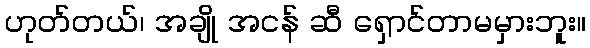
ဟုတ်တယ်၊ အချို အငန် ဆီ ရှောင်တာမမှားဘူး။